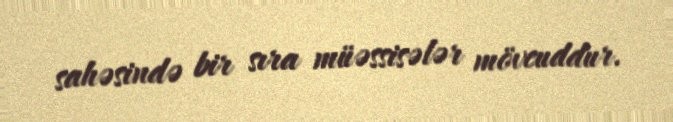
sahəsində bir sıra müəssisələr mövcuddur.